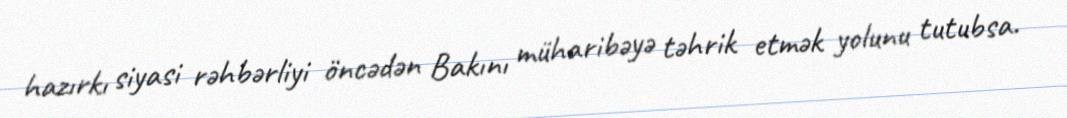
hazırkı siyasi rəhbərliyi öncədən Bakını müharibəyə təhrik etmək yolunu tutubsa.